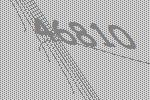
46810